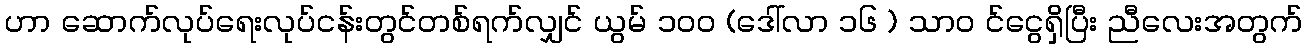
ဟာ ဆောက်လုပ်ရေးလုပ်ငန်းတွင်တစ်ရက်လျှင် ယွမ် ၁၀၀ (ဒေါ်လာ ၁၆ ) သာ၀ င်ငွေရှိပြီး ညီလေးအတွက်